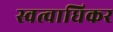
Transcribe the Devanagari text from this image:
स्वत्वाधिकर